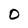
Character: 0